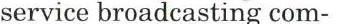
service broadcasting com-